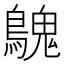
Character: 𪄔